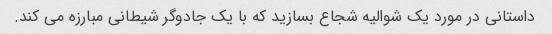
داستانی در مورد یک شوالیه شجاع بسازید که با یک جادوگر شیطانی مبارزه می کند.